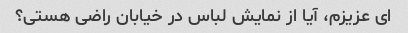
ای عزیزم، آیا از نمایش لباس در خیابان راضی هستی؟